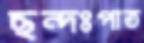
ছন্দঃপাত